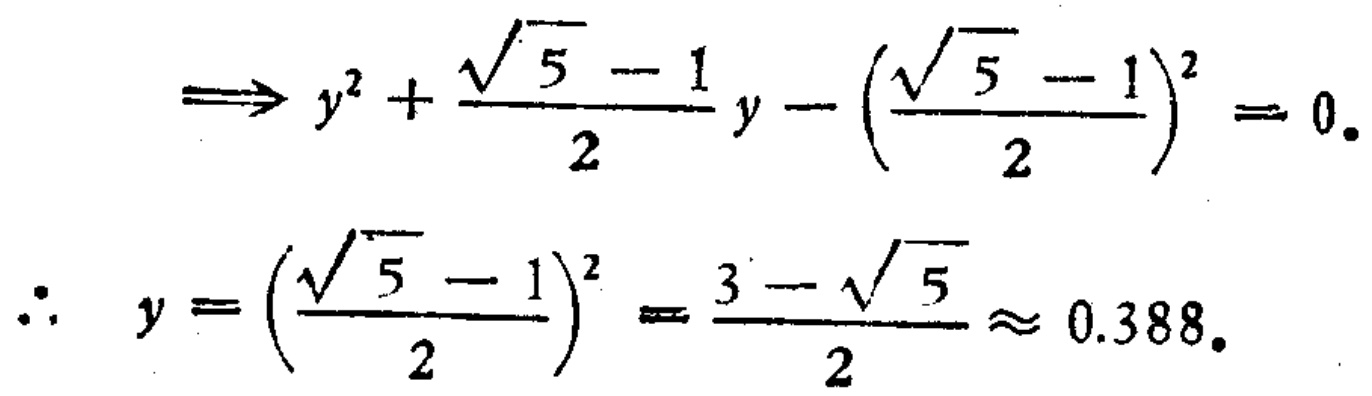
\[
\begin{align*}
&\Rightarrow y^{2}+\frac{\sqrt{5}-1}{2}y - \left(\frac{\sqrt{5}-1}{2}\right)^{2}=0.\\
\therefore\quad&y = \left(\frac{\sqrt{5}-1}{2}\right)^{2}=\frac{3 - \sqrt{5}}{2}\approx 0.388.
\end{align*}
\]